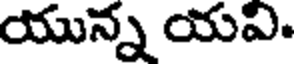
యున్న యవి.